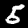
Digit: 5